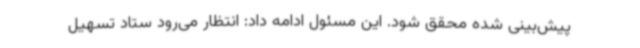
پیش‌بینی شده محقق شود. این مسئول ادامه داد: انتظار می‌رود ستاد تسهیل